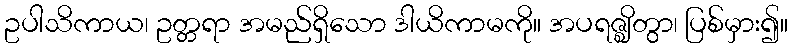
ဥပါသိကာယ၊ ဥတ္တရာ အမည်ရှိသော ဒါယိကာမကို။ အပရဇ္ဈိတွာ၊ ပြစ်မှား၍။